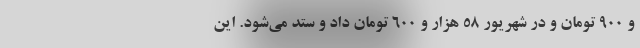
و ۹۰۰ تومان و در شهریور ۵۸ هزار و ۶۰۰ تومان داد و ستد می‌شود. این